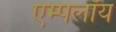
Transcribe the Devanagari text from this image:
एम्पलॉय